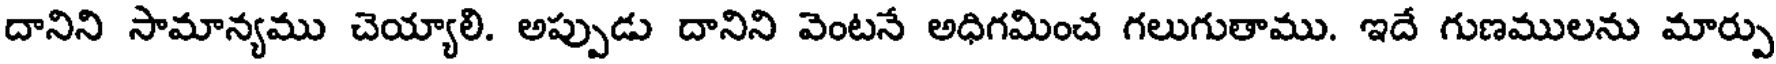
దానిని సామాన్యము చెయ్యాలి. అప్పుడు దానిని వెంటనే అధిగమించ గలుగుతాము. ఇదే గుణములను మార్పు